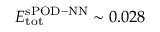
E _ { \mathrm { t o t } } ^ { \mathrm { s P O D - N N } } \sim 0 . 0 2 8